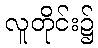
လူတိုင်း၌